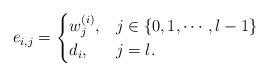
LaTeX: \begin{align*} e_{i,j}= \begin{cases} w_j^{(i)},& j \in \{0,1, \cdots , l-1\}\\ d_i, & j=l.\end{cases}\end{align*}